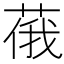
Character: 𱽺